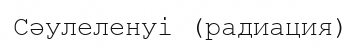
Cәулеленуі (радиация)